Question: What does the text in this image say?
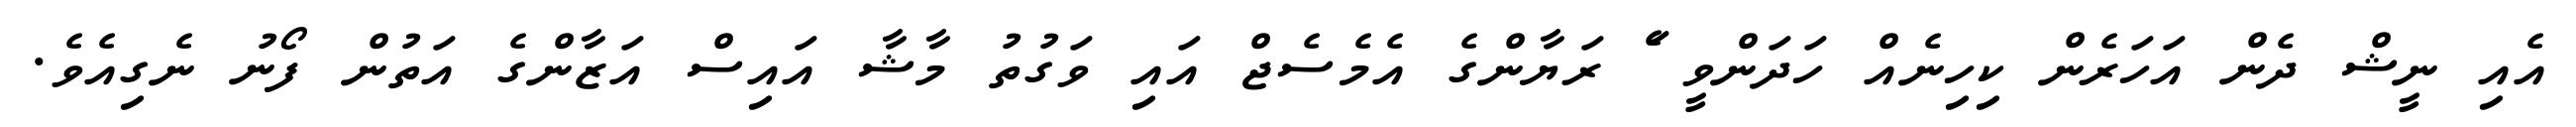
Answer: އެއި ނީޝް ދެން އަހަރެން ކިހިނެއް ހަދަންވީ ެަ ރަޔާންގެ އެމެސެޖް އައި ވަގުތު މާޝާ އައިސް އަޒާންގެ އަތުން ފޯނު ނެގިއެވެ.